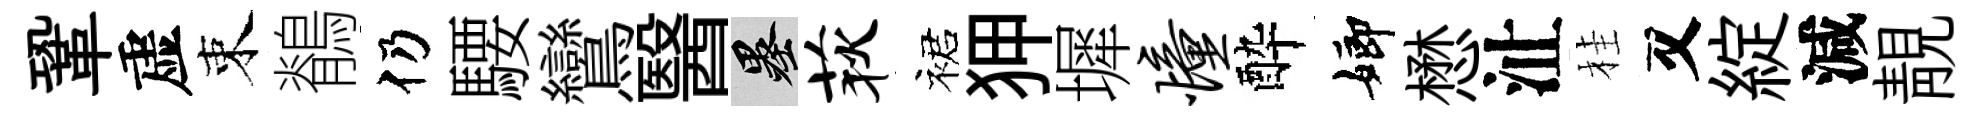
鞏虚束鶺仍騕鸞醫墨荻裙狎墀憧酔嫏懋沚桂又綻減靚